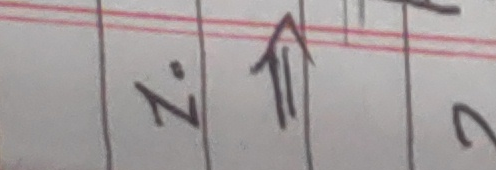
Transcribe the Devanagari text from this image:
७↑२